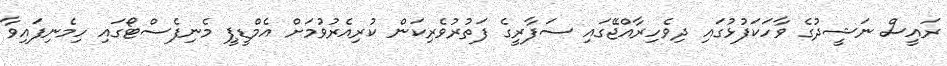
ރައީސް ނަޝީދުގެ ވާހަކަފުޅުގައި ދިވެހިރާއްޖޭގައި ސަފާރީގެ ފަތުރުވެރިކަން ކުރިއެރުވުމަށް އެމްޑީޕީ މެނިފެސްޓޯގައި ހިމެނިފައިވާ